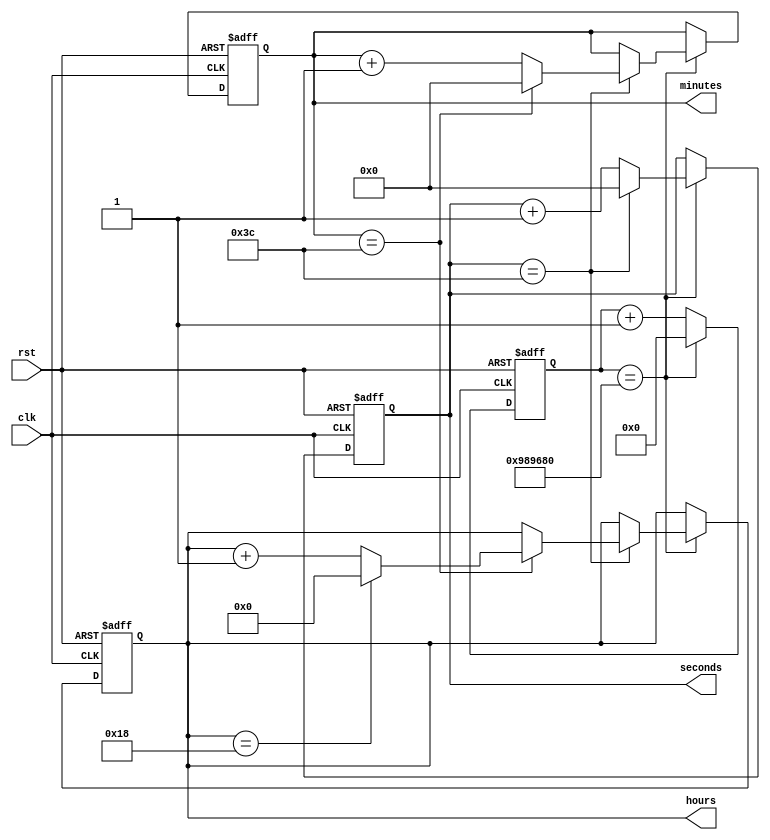
module rtc_timer (
    input wire clk, // Clock signal
    input wire rst, // Reset signal
    
    output reg [5:0] seconds, // Seconds counter
    output reg [5:0] minutes, // Minutes counter
    output reg [4:0] hours // Hours counter
);

reg [31:0] count; // Counter for tracking time

always @(posedge clk or posedge rst) begin
    if (rst) begin
        count <= 32'd0;
        seconds <= 6'd0;
        minutes <= 6'd0;
        hours <= 5'd0;
    end else begin
        count <= count + 1;
        if (count == 10000000) begin // Increment time every 10 million clock cycles (for 1 second)
            count <= 32'd0;
            
            seconds <= seconds + 1;
            if (seconds == 60) begin
                seconds <= 6'd0;
                
                minutes <= minutes + 1;
                if (minutes == 60) begin
                    minutes <= 6'd0;
                    
                    hours <= hours + 1;
                    if (hours == 24) begin
                        hours <= 5'd0;
                    end
                end
            end
        end
    end
end

endmodule